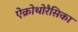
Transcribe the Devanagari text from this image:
ऐक्रोथोरैसिका